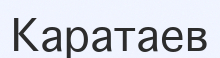
Каратаев